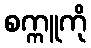
စက္ကူကို